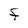
Character: F